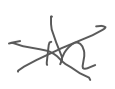
Text: in
Cross-out: cross
Writing tool: digital_gray